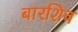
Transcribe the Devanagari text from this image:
बारशिव